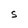
Character: e